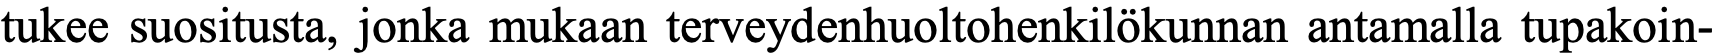
tukee suositusta, jonka mukaan terveydenhuoltohenkilökunnan antamalla tupakoin-